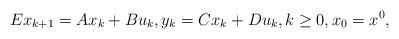
LaTeX: \begin{align*}Ex_{k+1}&=Ax_k+Bu_k,y_k=Cx_k+Du_k,k\geq 0,x_0=x^0,\end{align*}